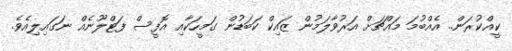
ކީއްކުރަން.. އެއްބުމަ މައްޗަށް އަރުވާލަމުން ޒައިކް ކަބަޑުން ގަމީހަކާއި އޮފީސް ފަޓްލޫނެއް ނަގައިލިއެވެ.